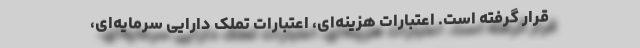
قرار گرفته است. اعتبارات هزینه‌ای، اعتبارات تملک دارایی سرمایه‌ای،